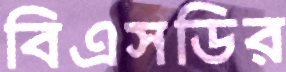
বিএসডির